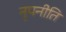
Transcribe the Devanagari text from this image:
नृपनीति